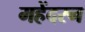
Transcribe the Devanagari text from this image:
महेंदरन